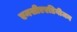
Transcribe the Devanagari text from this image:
एनसीएएडिवीजन